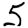
Digit: 5